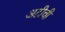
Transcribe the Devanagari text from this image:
अटीची